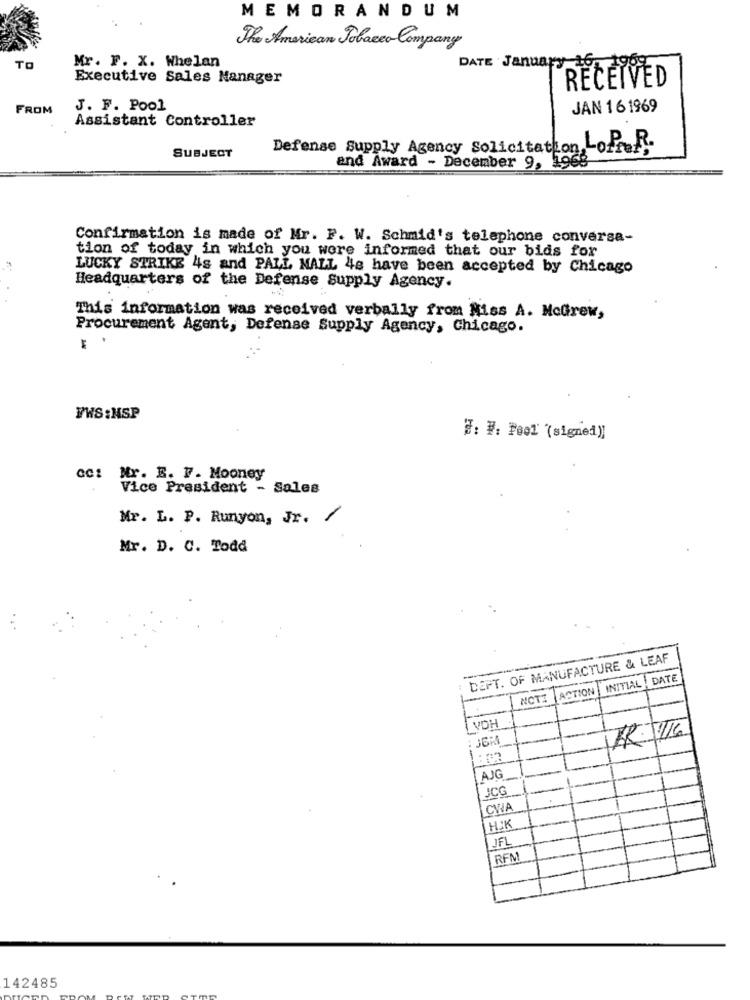
MEMORANDUM
The American Tobacco Company
Mr. F. X. Whelan
TO
Executive Sales Manager
RECEIVED
FROM
J. F. Pool
JAN 161969
Assistant Controller
SUBJECT
Defense Supply Agency Solicitation, LoPR-
and Award - December 9, 1968
Confirmation is made of Mr. F. W. Schmid's telephone conversa-
tion of today in which you wore informed that our bids for
LUCKY STRIKE 4s and PALL MALL 48 have been accepted by Chicago
Headquarters of the Defense Supply Agency.
This information was received verbally from Miss A. MoGrew,
Procurement Agent, Defense Supply Agency, Chicago.
E
YWS:NSP
J: #. Fool ( signe1)
cc: Mr. E. F. Mooney
Vice President - Sales
Mr. L. P. Runyon, Jr. /
Mr. D. C. Todd
DEPT. OF MANUFACTURE & LEAF
INITIAL ! DATE
NOTE ACTION
VDH
12.16
AJG
JCG
CWA
HJK
UFL
RFM
142485